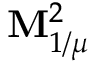
\mathbf { M } _ { 1 / \mu } ^ { 2 }